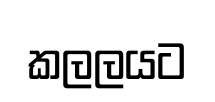
කලලයට